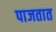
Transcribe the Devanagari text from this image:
पाजतात